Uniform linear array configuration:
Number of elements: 48
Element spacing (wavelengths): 1
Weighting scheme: hamming
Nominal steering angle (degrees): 15
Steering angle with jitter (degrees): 13.086
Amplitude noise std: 0.05
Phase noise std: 0.05

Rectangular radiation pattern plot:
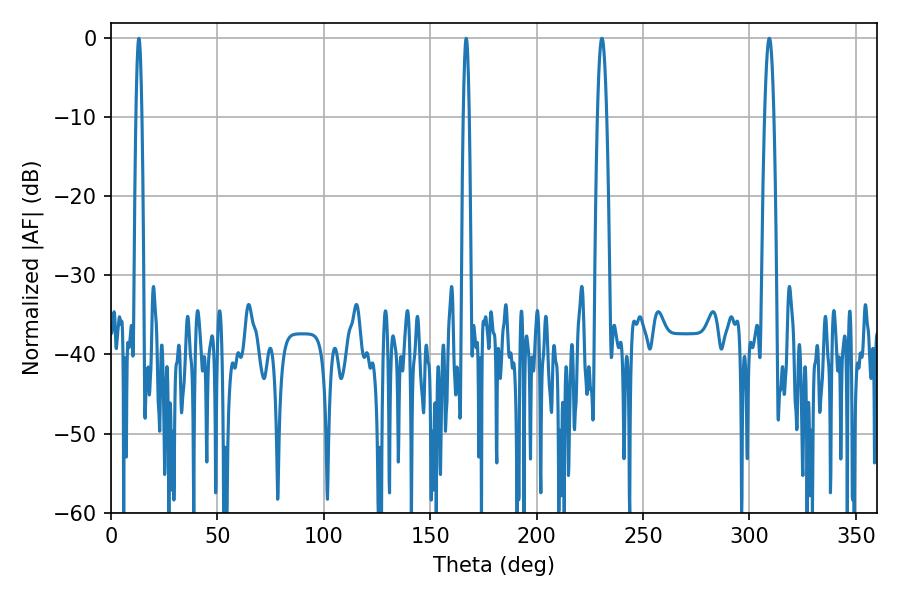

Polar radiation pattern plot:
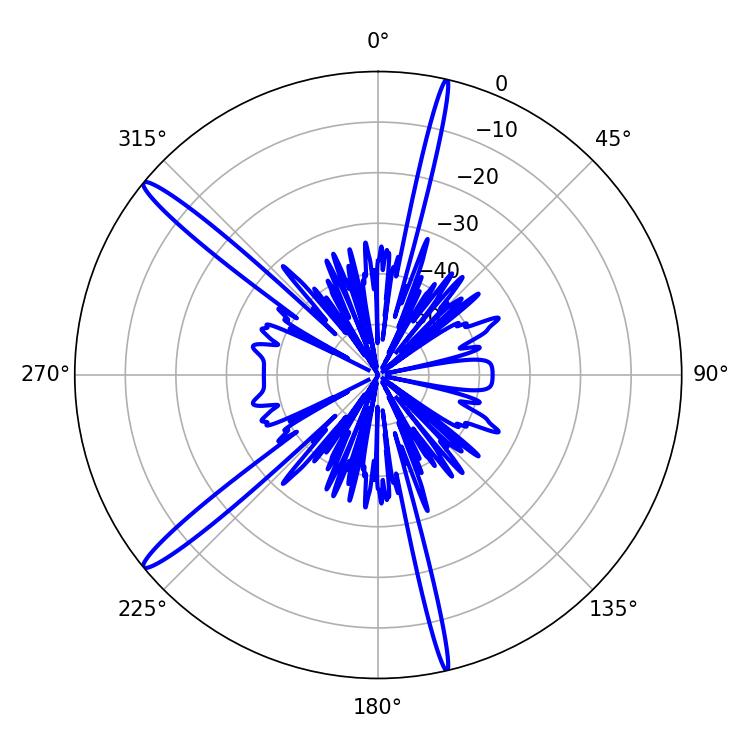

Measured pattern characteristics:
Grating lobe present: TRUE
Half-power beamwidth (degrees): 1.44
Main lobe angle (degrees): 13.14